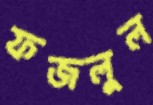
ফজলুল